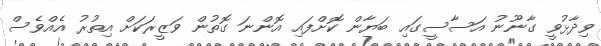
ވިދާޅުވީ ގާނޫނު އަސާސީގައި ބަޔާން ކޮށްފައި އޮންނަ ގޮތުން ވަޒީރަކަށް އިތުރު އެއްވެސް